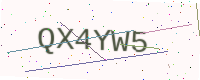
Text: QX4YW5